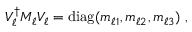
V _ { \ell } ^ { \dagger } M _ { \ell } V _ { \ell } = \mathrm { d i a g } ( m _ { \ell 1 } , m _ { \ell 2 } , m _ { \ell 3 } ) \ ,